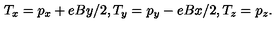
T _ { x } = p _ { x } + e B y / 2 , T _ { y } = p _ { y } - e B x / 2 , T _ { z } = p _ { z } .